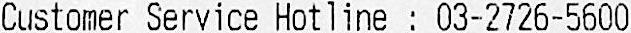
CUSTOMER SERVICE HOTLINE : 03-2726-5600